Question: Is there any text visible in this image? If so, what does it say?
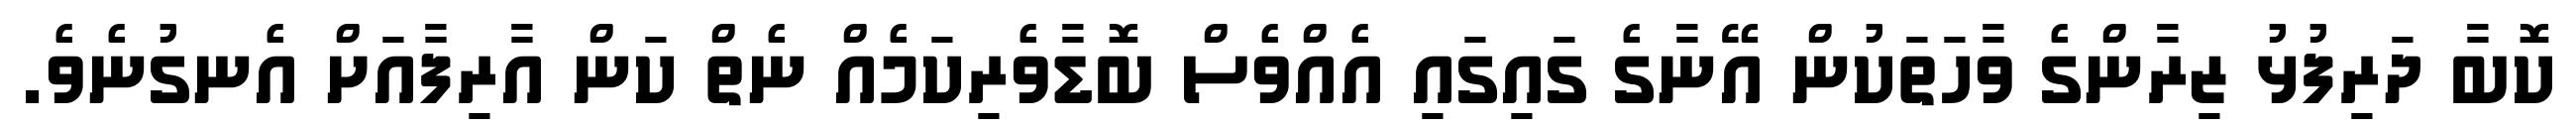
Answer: ކޮބާ ދަރިފުޅު ޒިރާންގެ ވާހަތަކުން އޭނާގެ ގައިގައި އެއްވެސް ބޮޑާވެރިކަމެއް ނެތް ކަން އާރިފާއަށް އެނގުނެވެ.